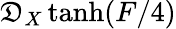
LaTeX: \mathfrak{D}_{X}\operatorname{tanh}(F/4)